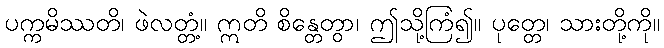
ပက္ကမိဿတိ၊ ဖဲလတ္တံ့။ ဣတိ စိန္တေတွာ၊ ဤသို့ကြံ၍။ ပုတ္တေ၊ သားတို့ကို။